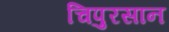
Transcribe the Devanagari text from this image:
चिपुरसान